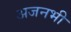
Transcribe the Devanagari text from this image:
अजनभी